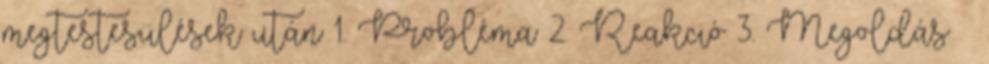
megtestesülések után 1. Probléma 2. Reakció 3. Megoldás –